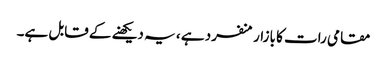
مقامی رات کا بازار منفرد ہے ، یہ دیکھنے کے قابل ہے۔